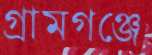
গ্রামগঞ্জে